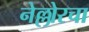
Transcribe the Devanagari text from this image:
नेल्लोरचा